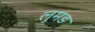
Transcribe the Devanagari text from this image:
लुमड